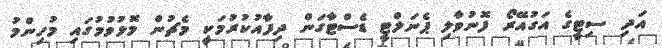
އަދި ސިޓީގެ އަގުއޭރޯ ފޮނުވާލި ޕެނަލްޓީ ޑެސްޓާގަން ދިފާއުކުރުމަކީ މެޗުން މޮޅުވުމުގައި މުހިންމު